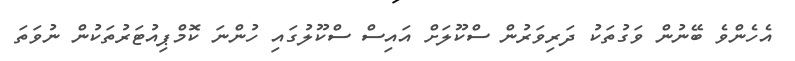
އެހެންވެ ބޭނުން ވަގުތަކު ދަރިވަރުން ސްކޫލަށް އައިސް ސްކޫލުގައި ހުންނަ ކޮމްޕިއުޓަރުތަކުން ނުވަތަ